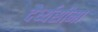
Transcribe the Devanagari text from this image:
दैर्ध्यसीमा